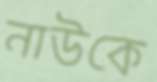
নাউকে